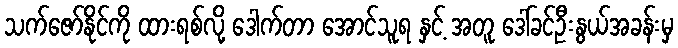
သက်ဇော်နိုင်ကို ထားရစ်လို့ ဒေါက်တာ အောင်သူရ နှင့် အတူ ဒေါ်ခင်ဦးနွယ်အခန်းမှ